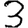
Digit: 3